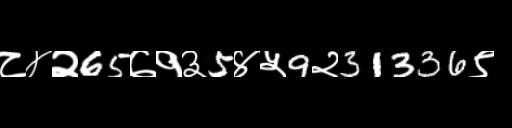
Text: ८४२65७१३5४५9२31336९